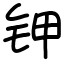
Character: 钾